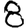
Digit: 8